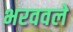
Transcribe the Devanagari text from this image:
भरववले